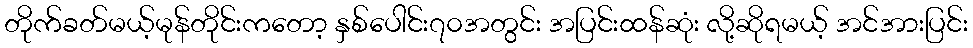
တိုက်ခတ်မယ့်မုန်တိုင်းကတော့ နှစ်ပေါင်း၇၀အတွင်း အပြင်းထန်ဆုံး လို့ဆိုရမယ့် အင်အားပြင်း